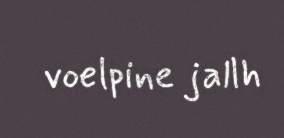
voelpine jallh